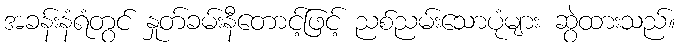
အခန်းနံရံတွင် နှုတ်ခမ်းနီတောင့်ဖြင့် ညစ်ညမ်းသောပုံများ ဆွဲထားသည်။